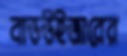
বাডউইজারের